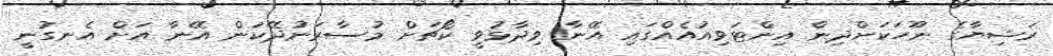
ރަޝިޔާގެ ނޫހަކަށްދިން އިންޓަވިއުއެއްގައި އޭނާ ވިދާޅުވީ ކޯޗަށް މުސާރަނުދޭކަން އޭނާ އަށް އެނގުނީ